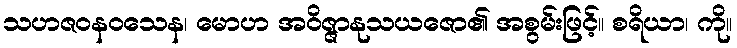
သဟဇဝနဝသေန၊ မောဟ အဝိဇ္ဇာနုသယဇော၏ အစွမ်းဖြင့်။ စရိယာ၊ ကို။